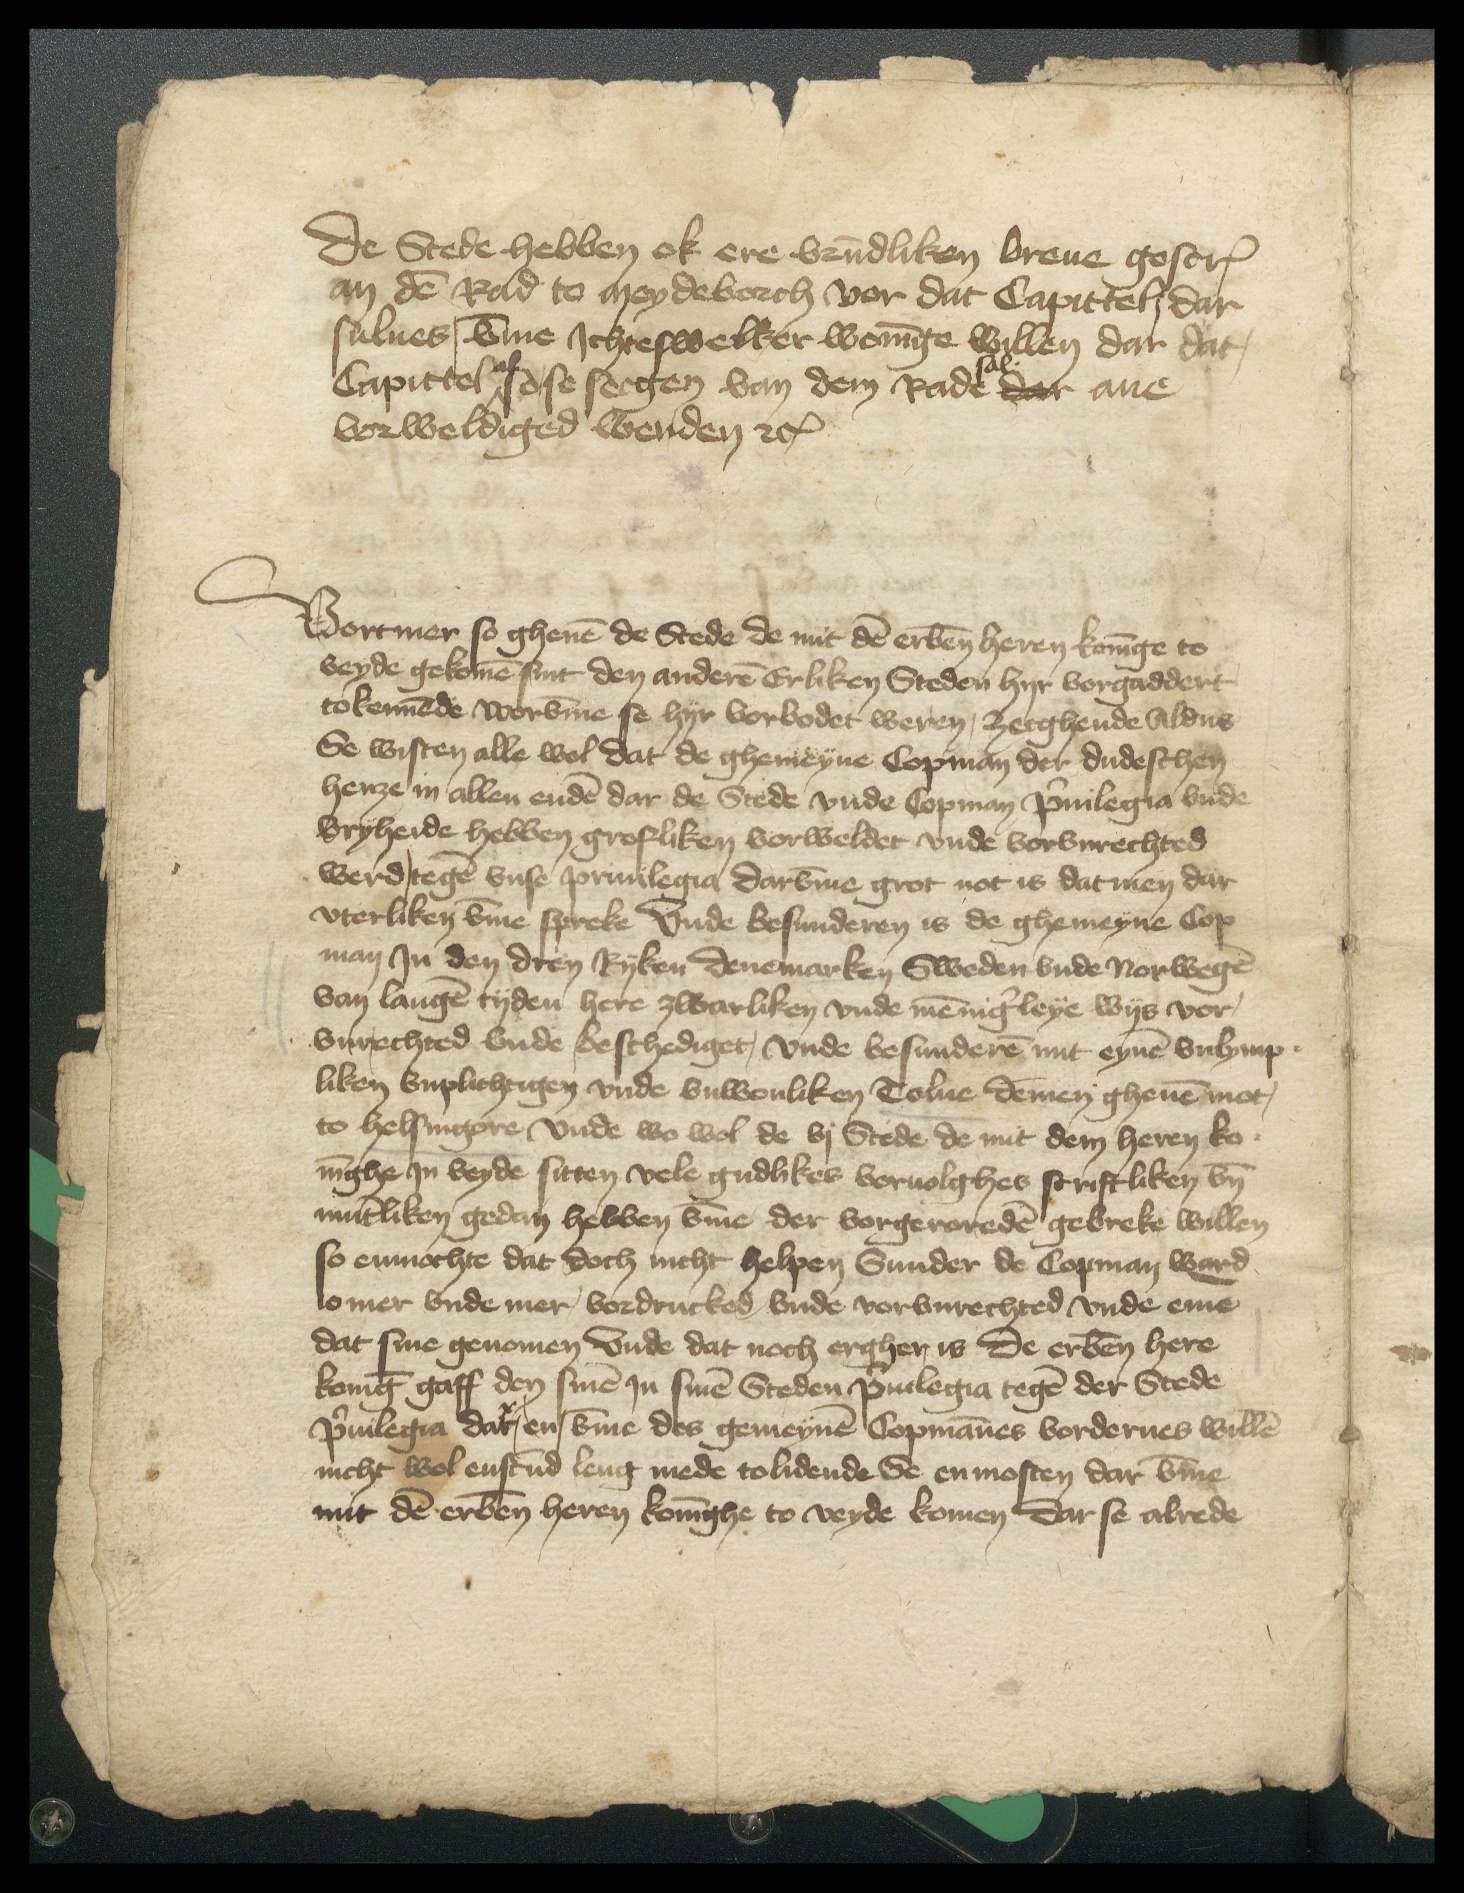
De Stede hebben ok erer vrundliken breue gescreuen
an den Rad to Meydeborch vor dat Capittel dar
sulues, vmme Ichteswelker woninge willen dar dat,
Capittel al so se seegen van dem Rade sal dar ane
vorweldiged werden etc.

Vortmer so gheuen de Stede de mit dem erbenomeden heren koninge to
beyde gekomen sint den anderen Erliken Steden hyr vorgaddert
tokennende worvmme se hyr vorbodet weren, Zecgende Aldus
Se wisten alle wol dat de ghemeyne Copman der dudeschen
henze in allen enden dar de Stede vnde Copman Priuilegia vnde
vryheide hebben grofliken vorweldet vnde vorvnrechted
werd, tegen vnse priuilegia darvmme grot not is dat men dar
vterliken vmme spreke Vnde besunderen is de ghemeyne Cop
man In den drey Ryken Denemarken Sweden vnde Norwegen
van langen tyden here zwarliken vnde mennigerleye wys vor¬
vnrechted vnde beschediget, vnde besunderen mit eynem vnlymp¬
liken vnplichtigen vnde vnwonliken Tolne demen ghenen mot,
to Helsingore vnde wo wol de vi Stede de mit dem heren ko¬
ninghe in beyde sitten vele gudlikes voruolghes scriftliken vnde
muntliken gedan hebben vmme der vorgeroreden gebreke willen
so enmochte dat doch nicht helpen Sunder de Copman ward
io mer vnde mer vordrucked vnde vorvnrechted vnde eme
dat sine genomen Vnde dat noch ergher is De erbenomede here
koning gaff den sinen in sinen Steden Priuilegia tegen der Stede
Priuilegia dar en vmme des gemeynen Copmannes vorderues willen
nicht wol enstund leng mede to lidende Se en mosten dar vmme
mit dem erbenomeden heren koninghe to veyde komen Dar se alrede